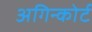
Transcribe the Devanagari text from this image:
अगिन्कोर्ट